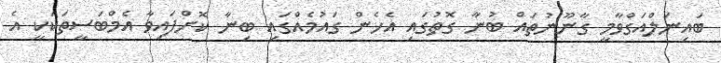
ބައިނަލްއަގްވާމީ ގާނޫނުތައް ބުނާ ގޮތުގައި އެހެން ގައުމެއްގައި ބިނާ ކޮށްފައިވާ އެމްބަސީތަކަކީ އެ